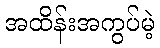
အထိန်းအကွပ်မဲ့